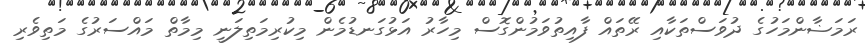
ރަމަޟާންމަހުގެ ދުވަސްތަކާއި ރޭތައް ފާއިތުވަމުންގޮސް މިހާރު އަޅުގަނޑުމެން މިކުރިމަތިލަނީ މިމާތް މައްސަރުގެ މަތިވެރި